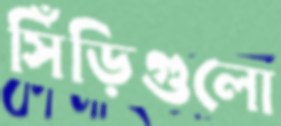
সিঁড়িগুলো